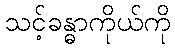
သင့်ခန္ဓာကိုယ်ကို